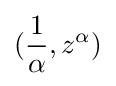
({\frac {1}{\alpha }},z^{\alpha })